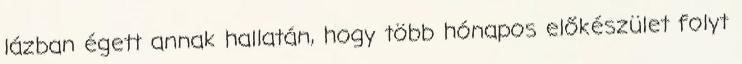
lázban égett annak hallatán, hogy több hónapos előkészület folyt